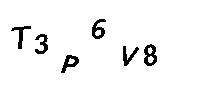
T3P6V8